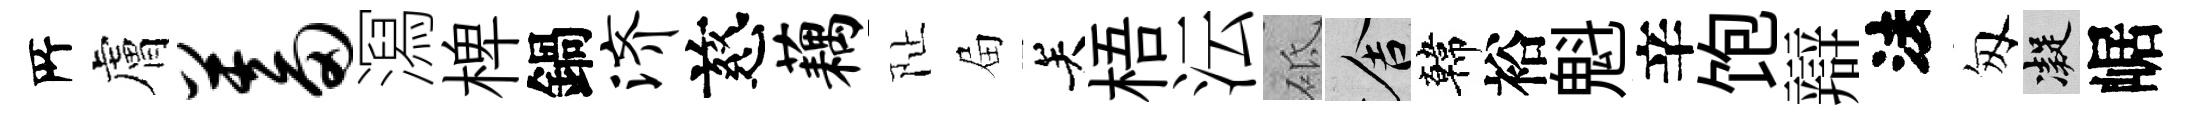
𠩄膚蓄㵼椑鍋济慈藕阯屇关梧沄砥舍韓裕魁辛饱辯法匆凝崌